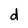
Character: d